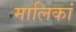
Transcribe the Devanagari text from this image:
मालिकां